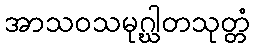
အာသဝသမုဂ္ဃါတသုတ္တံ